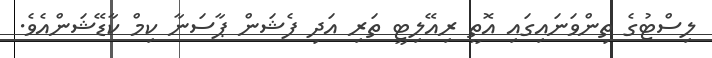
ލިސްޓުގެ ތިންވަނައިގައި އޮތީ ރިއޭލިޓީ ތަރި އަދި ފެޝަން ޕާސަނާ ކިމް ކާޑޭޝަންއެވެ.